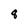
Character: 8